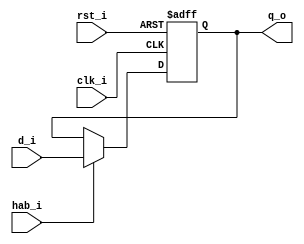
module ff_hab #(
	parameter n = 32	
)	(
	input	         clk_i,
	input	         rst_i,
	input	         hab_i,
	input	 [n-1:0] d_i,
	output [n-1:0] q_o
); 

	reg [n-1:0] q_aux;

	always @(posedge clk_i, posedge rst_i) begin
		if (rst_i)
			q_aux <= 0;
		else if (hab_i)
			q_aux <= d_i;
		else
			q_aux <= q_aux;	
	end
	
	assign q_o = q_aux;
	
endmodule